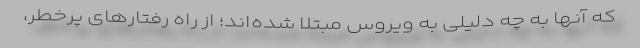
که آنها به چه دلیلی به ویروس مبتلا شده‌اند؛ از راه رفتارهای پرخطر،